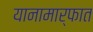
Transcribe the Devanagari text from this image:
यानामार्फात